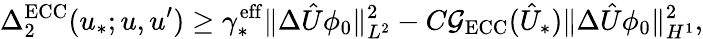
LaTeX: \Delta_{2}^{\mathrm{ECC}}(u_{*};u,u^{\prime})\geq\gamma_{*}^{\mathrm{eff}}\Vert\Delta\hat{U}\phi_{0}\Vert_{L^{2}}^{2}-C\mathcal G_{\mathrm{ECC}}(\hat{U}_{*})\Vert\Delta\hat{U}\phi_{0}\Vert_{H^{1}}^{2},